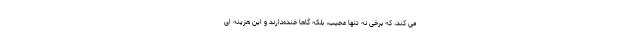
می کند، که برخی نه تنها عجیب، بلکه گاها خنده‌دارند و این هزینه ای